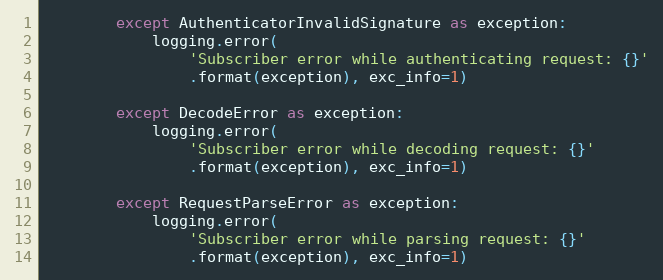
Language: Python
        except AuthenticatorInvalidSignature as exception:
            logging.error(
                'Subscriber error while authenticating request: {}'
                .format(exception), exc_info=1)

        except DecodeError as exception:
            logging.error(
                'Subscriber error while decoding request: {}'
                .format(exception), exc_info=1)

        except RequestParseError as exception:
            logging.error(
                'Subscriber error while parsing request: {}'
                .format(exception), exc_info=1)